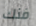
فنك